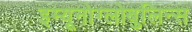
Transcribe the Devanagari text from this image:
इम्यूनोग्लोबुलिन्स